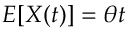
E [ X ( t ) ] = \theta t